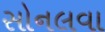
સોનલવા